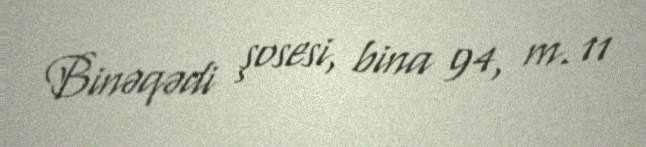
Binəqədi şosesi, bina 94, m. 11